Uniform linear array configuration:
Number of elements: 24
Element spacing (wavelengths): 0.75
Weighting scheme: hamming
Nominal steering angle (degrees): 45
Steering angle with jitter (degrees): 46.968
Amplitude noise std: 0.05
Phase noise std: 0.05

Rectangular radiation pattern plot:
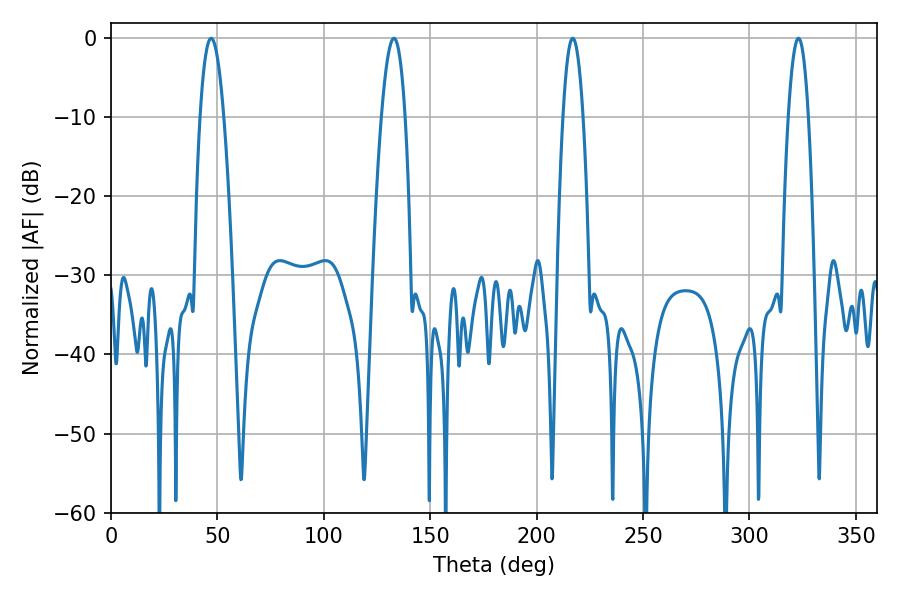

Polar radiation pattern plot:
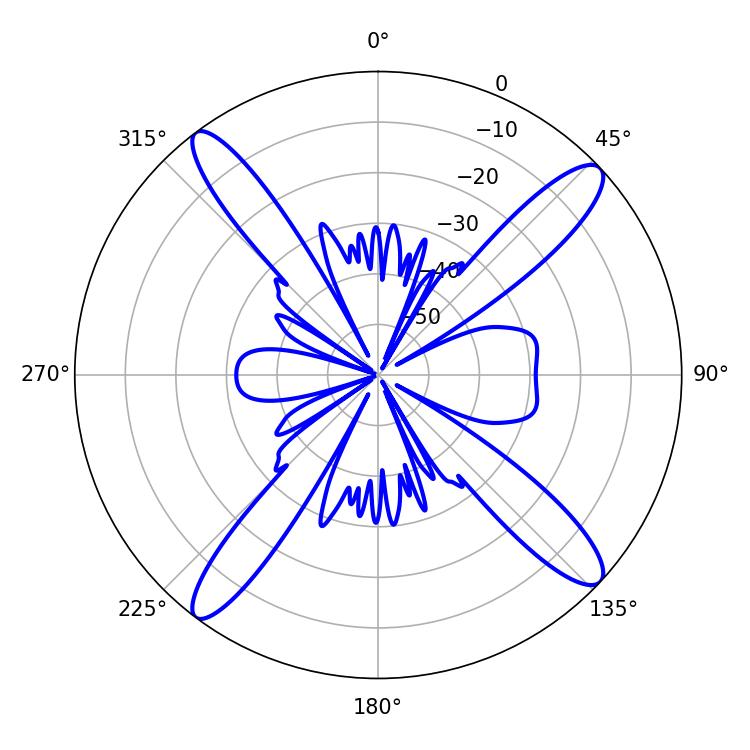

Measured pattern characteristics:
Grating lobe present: TRUE
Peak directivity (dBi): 15.849
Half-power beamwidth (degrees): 6.12
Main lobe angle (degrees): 46.98